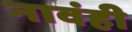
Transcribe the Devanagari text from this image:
नावंही